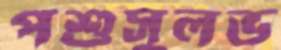
পশুসুলভ